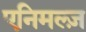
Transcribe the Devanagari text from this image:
एनिमल्ज़